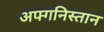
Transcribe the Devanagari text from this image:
अफ्गनिस्तान